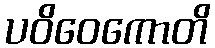
ပဝိဝေကောတိ